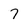
Character: 7